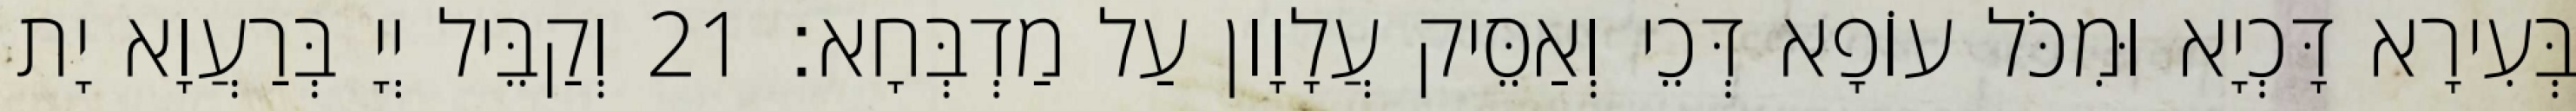
בְּעִירָא דָּכְיָא וּמִכֹּל עוֹפָא דְּכֵי וְאַסֵּיק עֲלָוָון עַל מַדְבְּחָא׃ 21 וְקַבֵּיל יְיָ בְּרַעֲוָא יָת